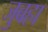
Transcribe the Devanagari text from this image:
जुबहा